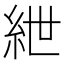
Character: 紲